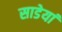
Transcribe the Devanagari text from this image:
साडेयां